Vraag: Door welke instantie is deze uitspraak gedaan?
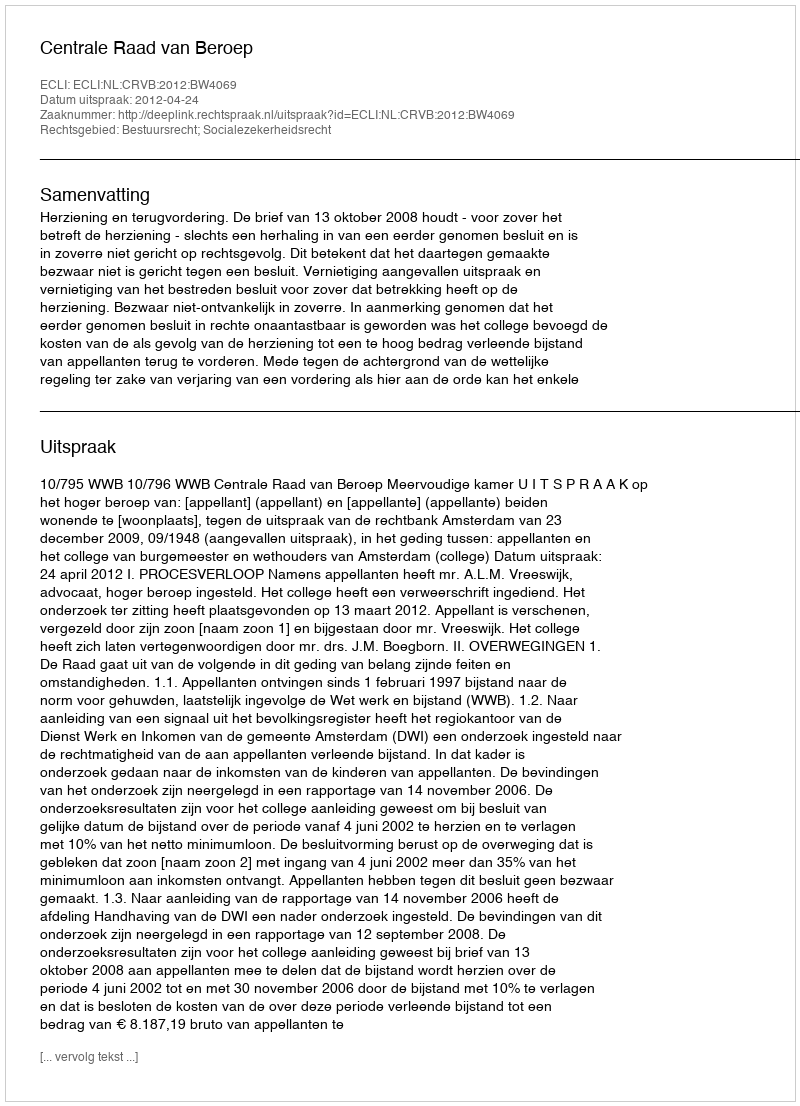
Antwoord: Centrale Raad van Beroep